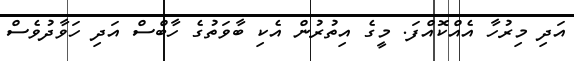
އަދި މިރުހާ އެއްކޮއްފަ. މީގެ އިތުރުން އެކި ބާވަތުގެ ހާބްސް އަދި ހަވާދުވެސް